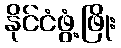
နိုင်ငံဖွံ့ဖြိုး